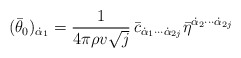
\begin{align*}(\bar \theta_0)_{\dot \alpha_1}=\frac{1}{4\pi\rho v\sqrt{j}} \,\bar c_{\dot\alpha_1\cdots\dot\alpha_{2j}}\bar\eta^{\dot \alpha_2\cdots\dot\alpha_{2j}}\end{align*}